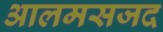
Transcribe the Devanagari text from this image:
आलमसजद